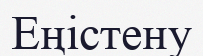
Еңістену